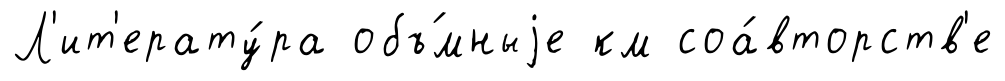
Л'ит'ерату́ра объ́мныjе км соа́вторств'е